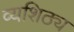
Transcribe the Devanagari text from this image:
व्यशिठ्य